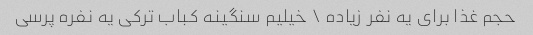
حجم غذا برای یه نفر زیاده \ خیلیم سنگینه کباب ترکی یه نفره پرسی